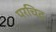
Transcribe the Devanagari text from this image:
परचिद